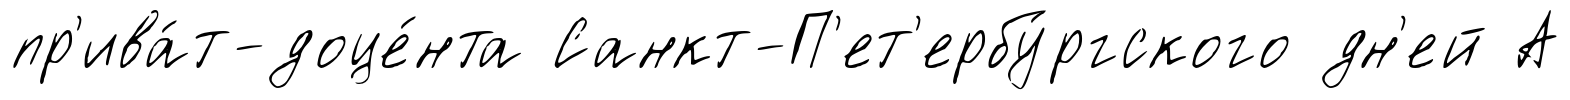
пр'ива́т-доце́нта Санкт-П'ет'ербу́ргского дн'ей А